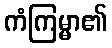
ကံကြမ္မာ၏